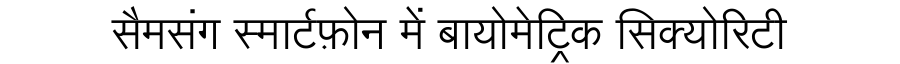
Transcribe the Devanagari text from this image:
सैमसंग स्मार्टफ़ोन में बायोमेट्रिक सिक्योरिटी